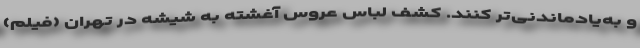
و به‌یادماندنی‌تر کنند. کشف لباس عروس آغشته به شیشه در تهران (فیلم)